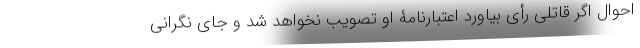
احوال اگر قاتلی رأی بیاورد اعتبارنامۀ او تصویب نخواهد شد و جای نگرانی